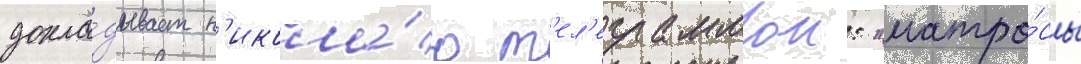
докла́дывает н'икола́ю т'ел'еграммои: "матро́сы